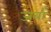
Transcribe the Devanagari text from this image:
जबाँ